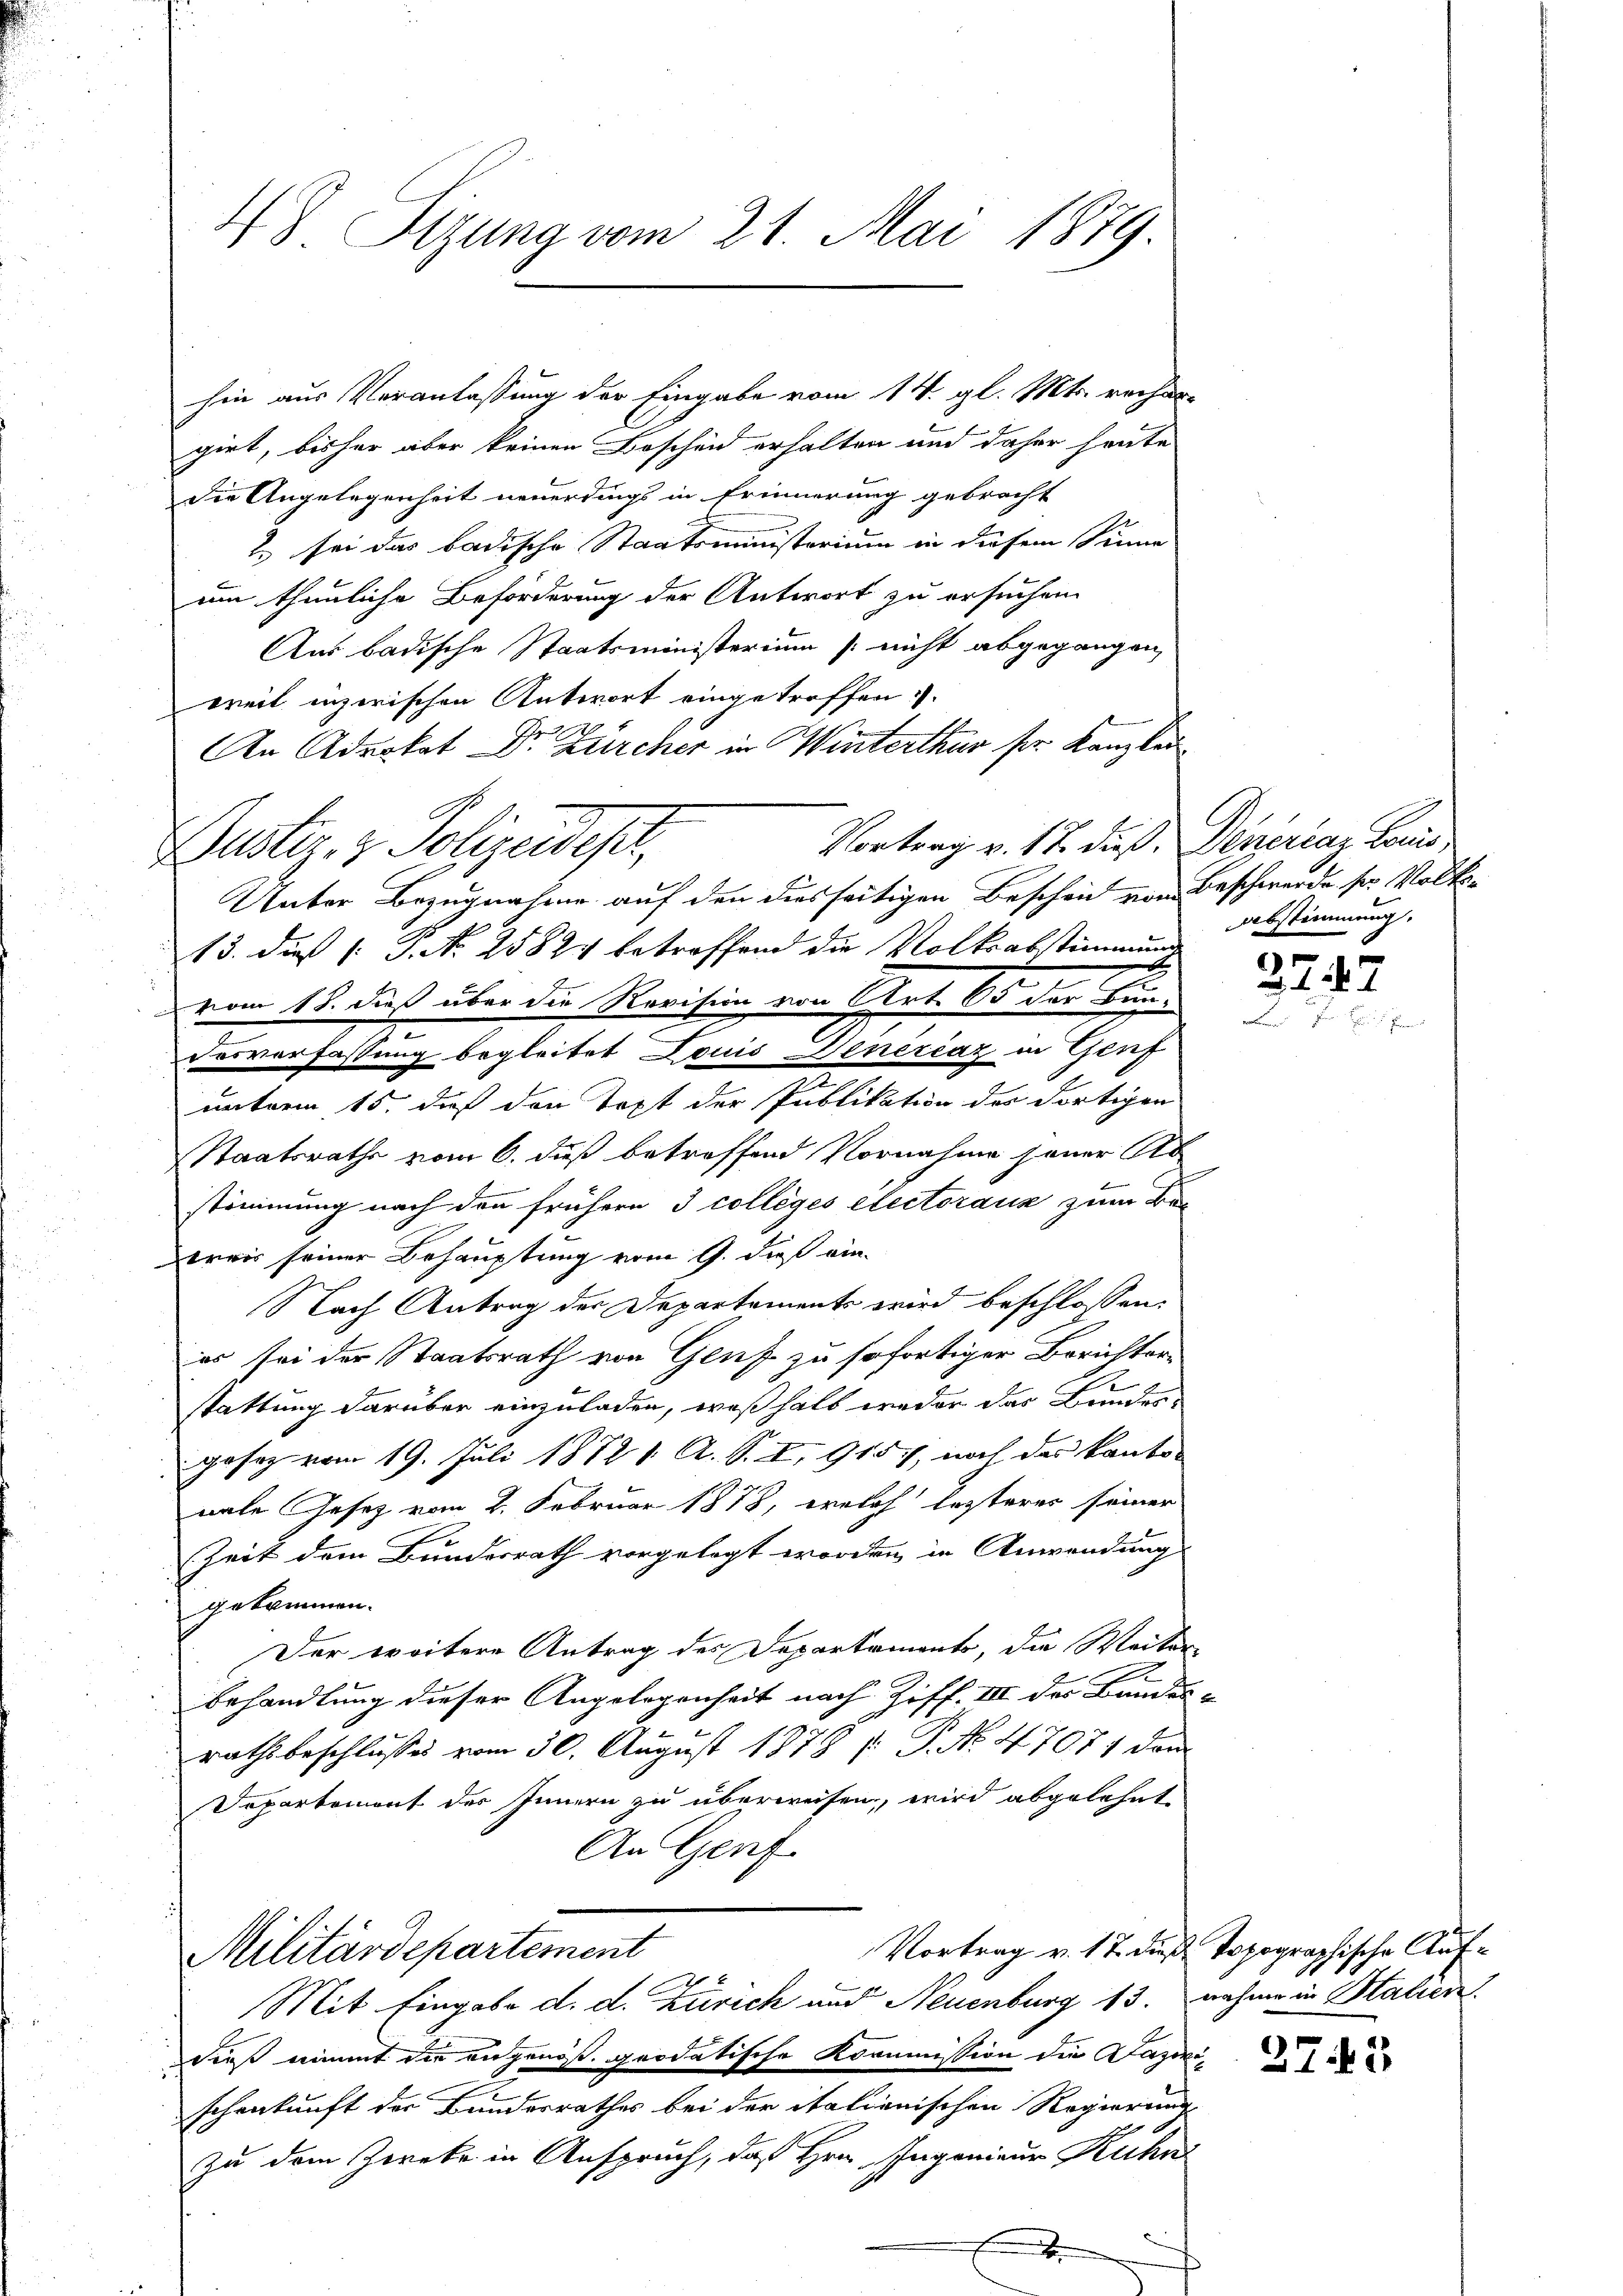
hin aus Veranlassung der Eingabe vom 14. gl. Mts. rechar
girt, bisher aber keinen Bescheid erhalten und daher heute
die Angelegenheit neuerdings in Erinnerung gebracht
2 sei das badische Staatsministerium in diesem Sinne
um thunliche Beförderung der Antwort zu ersuchen
Aus badische Staatsministerium nicht abgegangen,
weit inzerischen Antwort eingetroffen.
An Advokat Dr. Zürcher in Winterthur ser Kanzlei
Vortrag v. 17. dieß, Deneraz Land
Guster. v. Polizeideser,
Unter Bezugnahme auf den diesseitigen Bescheid von
13. dieß (: P. N. 25824 betreffend die Volksabstimmunge
Dvom 18. dieß über die Revition von Art. 65 der Bundesverfassung begleitet Louis Dinercaz in Genf
mnterm 15. daß den Text der Publikation des dortigen
Staatsraths vom 6. Fuß betreffend Vornahme jener Ab
stimmung nach den frühern 3 colleges electoranz zum Be-
weis seiner Behauptung vom 9. dieß ein-
Nach Antrag der Departements wird beschlossen:
es sei der Staatsrath von Genf zu sofortiger Berichter-
stattung darüber einzuladen, weßhalb weder das Bunden
gesez vom 19. Juli 1872 1. A. S. I, 9157, noch des kanto-
nale Gesetz vom 2. Februar 1878, welch lezteres seiner
Zeit dem Bundesrath vorgelegt worden in Anwendung
gekommen.
Der weitere Antrag des Departaments, die Weiter
.
Behandlung dieser Angelegenheit nach Ziff. III des Bande
rathsbeschlusses vom 30. August 1878 s P. No. 47071 dem
Departement des Innern zu überweisen, wird abgelehnt
An Genf
Vortrag v. 17. dieß Topographische Auf¬
Militärdepartement

Mit Eingabe d. d. Zürich und Neuenburg 13.
die nimmt die angenoß, geodatische Kommission die Dazo.
schenkunft der Bundesrathes bei der italienischen Regierung
zu dem Zwecke in Anspruch, daß Hrn. Ingenieur Rechn
x

4. 8. Sizung vom 21. Mai 1879.

Beschwerde ser Volks-
Abstimmung.

F

272. 12

nahme in Statien.

27